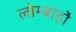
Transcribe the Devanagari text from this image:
लोम्बार्ड़ो